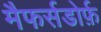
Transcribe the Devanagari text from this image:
मैफर्सडोर्फ़